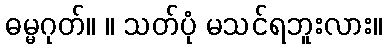
ဓမ္မဂုတ်။ ။ သတ်ပုံ မသင်ရဘူးလား။